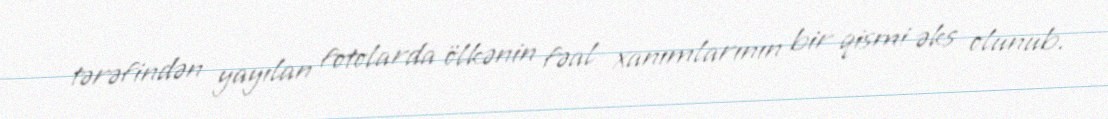
tərəfindən yayılan fotolarda ölkənin fəal xanımlarının bir qismi əks olunub.